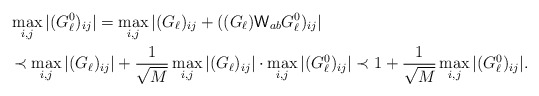
\begin{align*}&\max_{i,j}|(G^0_{\ell})_{ij}|=\max_{i,j}|(G_\ell)_{ij}+((G_\ell)\mathsf{W}_{ab}G^0_\ell)_{ij}|\\&\prec \max_{i,j}|(G_\ell)_{ij}|+\frac{1}{\sqrt{M}}\max_{i,j}|(G_\ell)_{ij}|\cdot \max_{i,j}|(G^0_\ell)_{ij}|\prec 1+\frac{1}{\sqrt{M}} \max_{i,j}|(G^0_\ell)_{ij}|.\end{align*}